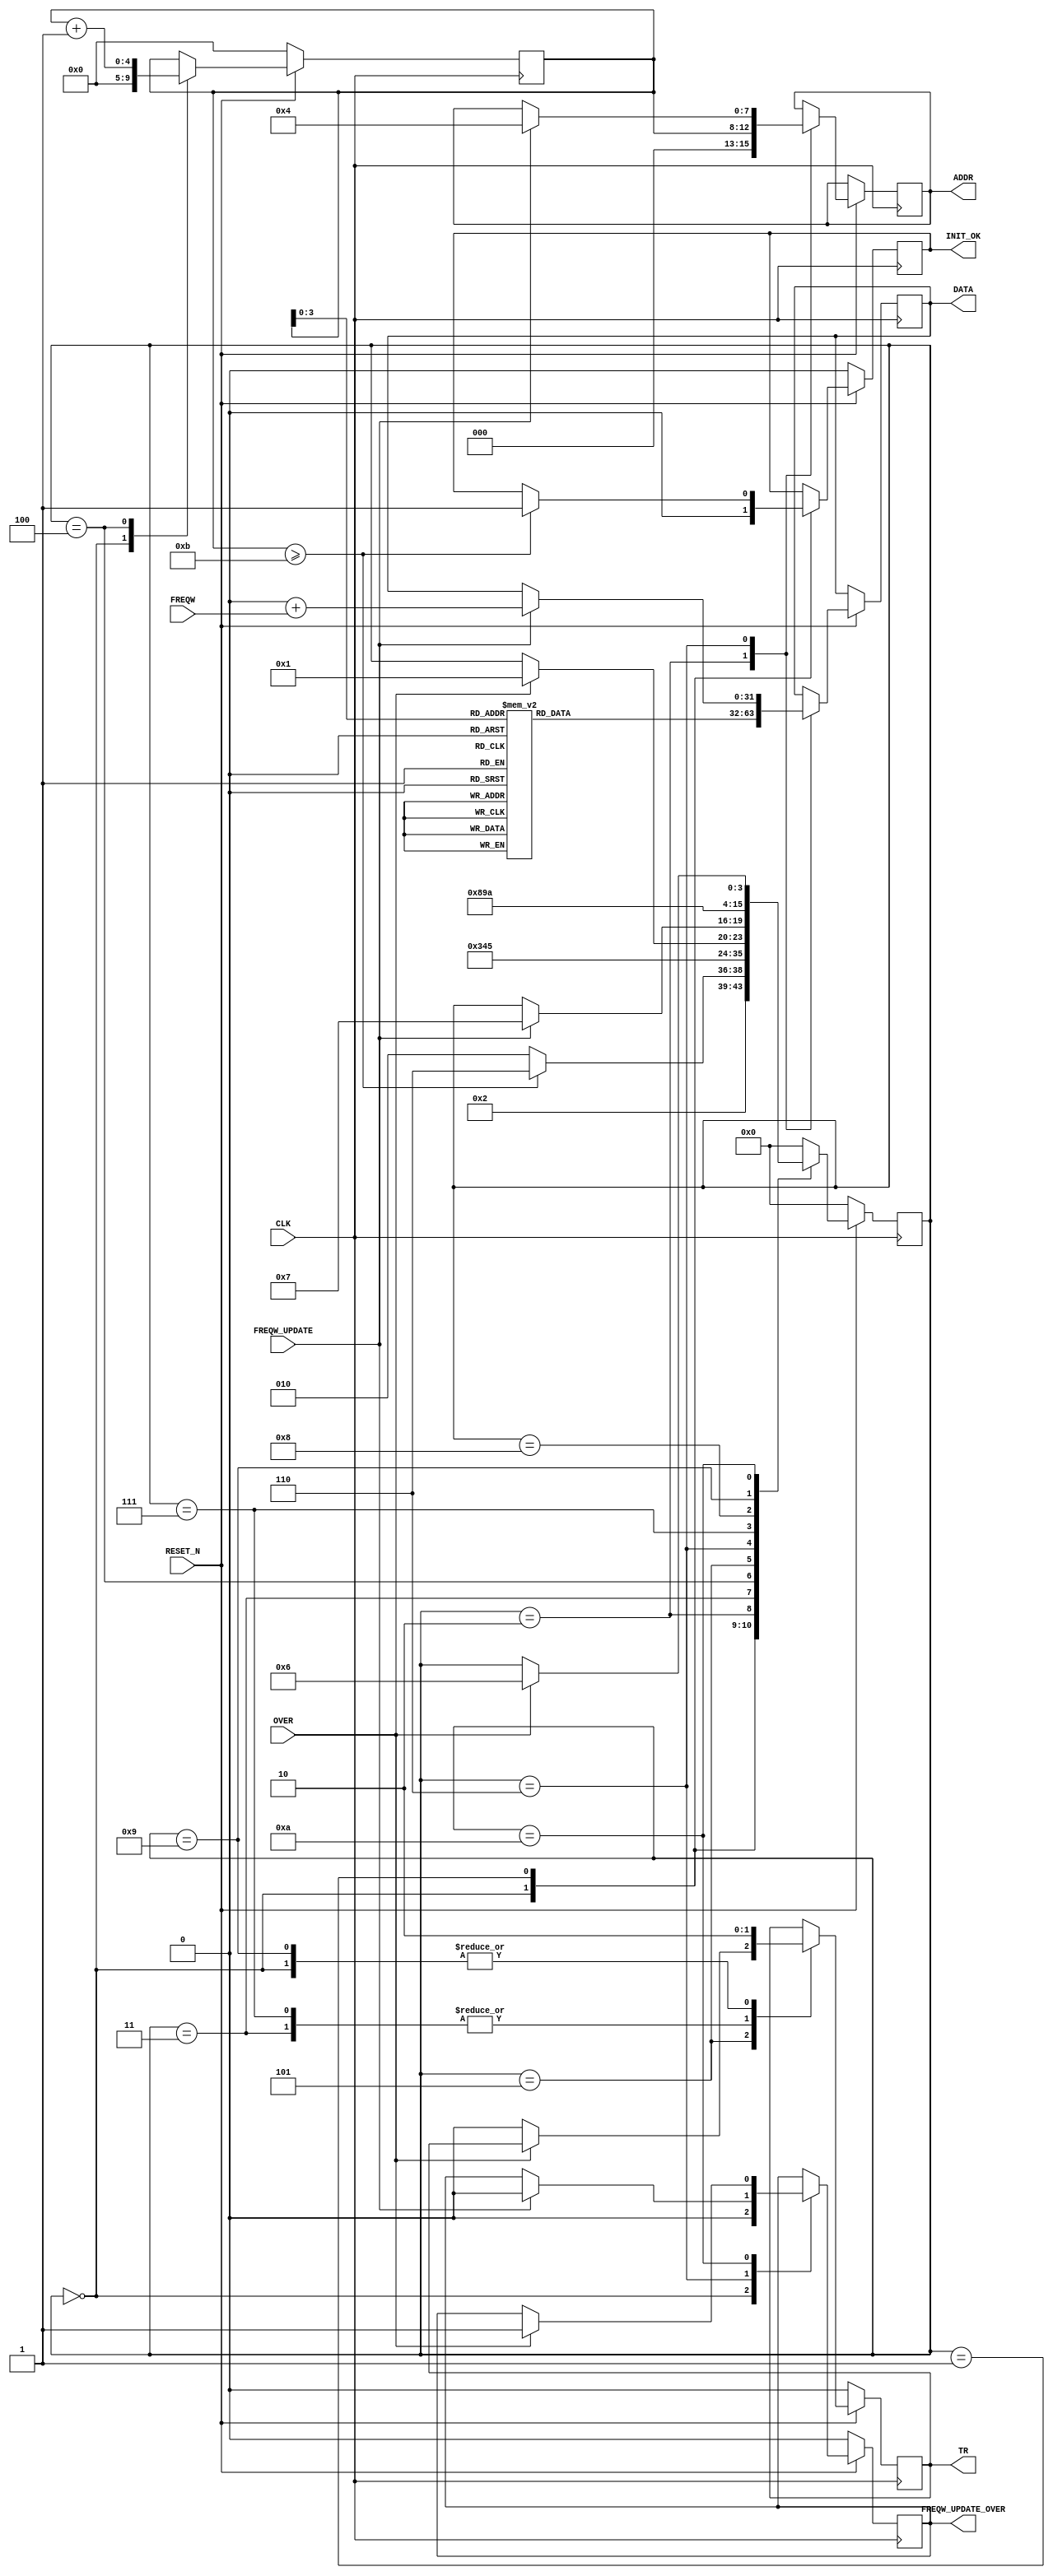
module AD9911_FREQW_UPDATE #(parameter start_freqw = 0)(
    input     wire              CLK,
    input     wire              RESET_N,
    input     wire              OVER,
    input     wire   [31:0]     FREQW,          // ad9911 CTW0
    input     wire              FREQW_UPDATE,   // active on low level

    output    reg               INIT_OK,
    output    reg               FREQW_UPDATE_OVER,
    output    reg               TR,
    output    reg    [ 7:0]     ADDR,
    output    reg    [31:0]     DATA
    );

    reg  [31:0]   REGS[10:0];
    reg  [ 3:0]   STATE = 0;
    reg  [ 4:0]   NUM = 0;



    initial begin
        FREQW_UPDATE_OVER <= 0;
        TR <= 0;
        INIT_OK <= 0;
        REGS[0] <= 32'b00000000_00000000_00000000_00100000; //CSR
        REGS[1] <= 32'b00000000_10110011_00000100_00000000; //FR1
        REGS[2] <= 0;                                  //FR2
        REGS[3] <= 32'b00000000_11000000_00000011_00000000; //CFR
        REGS[4] <= 8947849*2 + start_freqw;//f/480*2^32                //CTW0   536880000  8948   FREQW * 480M / 2^32 = Fout
        REGS[5] <= 0;                                       //CPOW0
        REGS[6] <= 32'b00000000_00000001_11011111_11111111; //ACR
        REGS[7] <= 32'b00000000_00000000_00000000_00000000; //LSR
        REGS[8] <= 32'b00000000_00000000_00000000_00000000; //RDW
        REGS[9] <= 32'b00000000_00000000_00000000_00000000; //FDW
        REGS[10]<= 32'b10000000_00000000_00000000_00000000; //CTW1
    end



    always @(posedge CLK) begin
        if (!RESET_N) begin
            TR <= 0;
            NUM <= 0;
            INIT_OK <= 0;
            FREQW_UPDATE_OVER <= 0;
            STATE <= 0;
        end else begin
            case (STATE)
                0 : begin
                        INIT_OK <= 0;
                        TR <= 0;
                        NUM <= 0;
                        FREQW_UPDATE_OVER <= 0;
                        STATE <= 1;
                    end
                1 : begin
                        if (NUM>=11) begin
                            INIT_OK <= 1;
                            STATE <= 6;
                        end else begin
                            STATE <= 2;
                        end
                    end
                2 : begin
                        ADDR <= NUM;
                        DATA <= REGS[NUM];
                        STATE <= 3;
                    end
                3 : begin
                        TR <= 1;
                        STATE <= 4;
                    end
                4 : begin
                        NUM <= NUM+1;
                        STATE <= 5;
                    end
                5 : begin
                        if (OVER) begin
                            STATE <= 1;
                        end else begin
                            TR <= 0;
                        end
                    end
                6 : begin
                        if (FREQW_UPDATE) begin
                            ADDR <= 4; // address of ad9911 reg CTW0 
                            DATA <= start_freqw + FREQW; // 41.4MHz : 370440929
                            FREQW_UPDATE_OVER <= 0;
                            STATE <= 7;
                        end
                    end
                7 : begin
                        TR <= 1;
                        STATE <= 8;
                    end
                8 : begin
                        STATE <= 9;
                    end
                9 : begin
                        TR <= 0;
                        STATE <= 10;
                    end
                10: begin
                        if (OVER) begin
                            FREQW_UPDATE_OVER <= 1;
                            STATE <= 6;
                        end
                    end
                default: STATE <= 0;
            endcase
        end
    end
    
endmodule